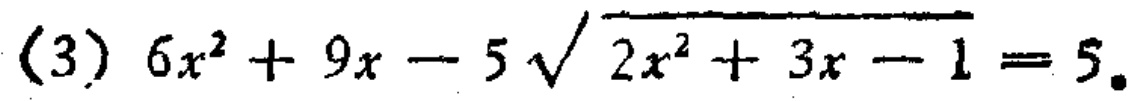
(3) \(6x^{2}+9x - 5\sqrt{2x^{2}+3x - 1}=5\)